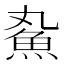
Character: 𬵄